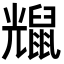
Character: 𪕗